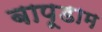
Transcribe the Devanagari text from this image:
बापूडाम